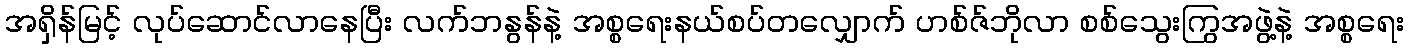
အရှိန်မြင့် လုပ်ဆောင်လာနေပြီး လက်ဘနွန်နဲ့ အစ္စရေးနယ်စပ်တလျှောက် ဟစ်ဇ်ဘိုလာ စစ်သွေးကြွအဖွဲ့နဲ့ အစ္စရေး